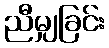
ညီမျှခြင်း